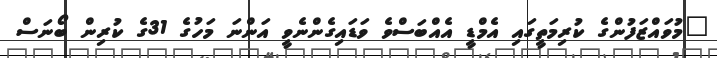
"މުވައްޒަފުންގެ ކުރިމަތީގައި އެމްޑީ އެއްބަސްވެ ވަޑައިގެންނެވީ އަންނަ މަހުގެ 31ގެ ކުރިން ބޯނަސް